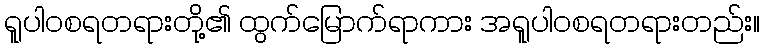
ရူပါဝစရတရားတို့၏ ထွက်မြောက်ရာကား အရူပါဝစရတရားတည်း။